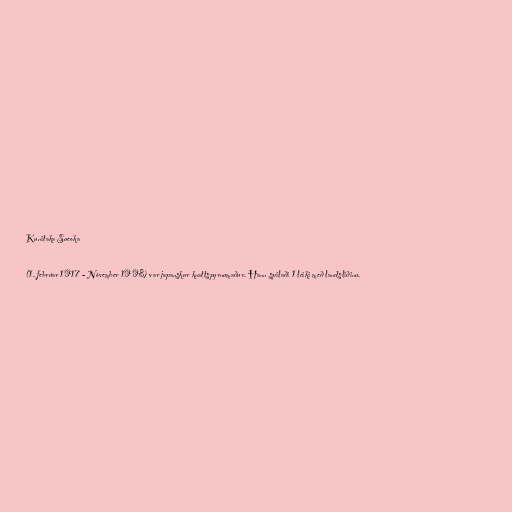
Kunitaka Sueoka

(1. febrúar 1917 - Nóvember 1998) var japanskur knattspyrnumaður. Hann spilaði 1 leiki með landsliðinu.